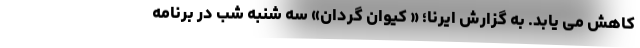
کاهش می یابد. به گزارش ایرنا؛ « کیوان گردان» سه شنبه شب در برنامه